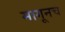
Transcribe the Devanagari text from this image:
मागूनच